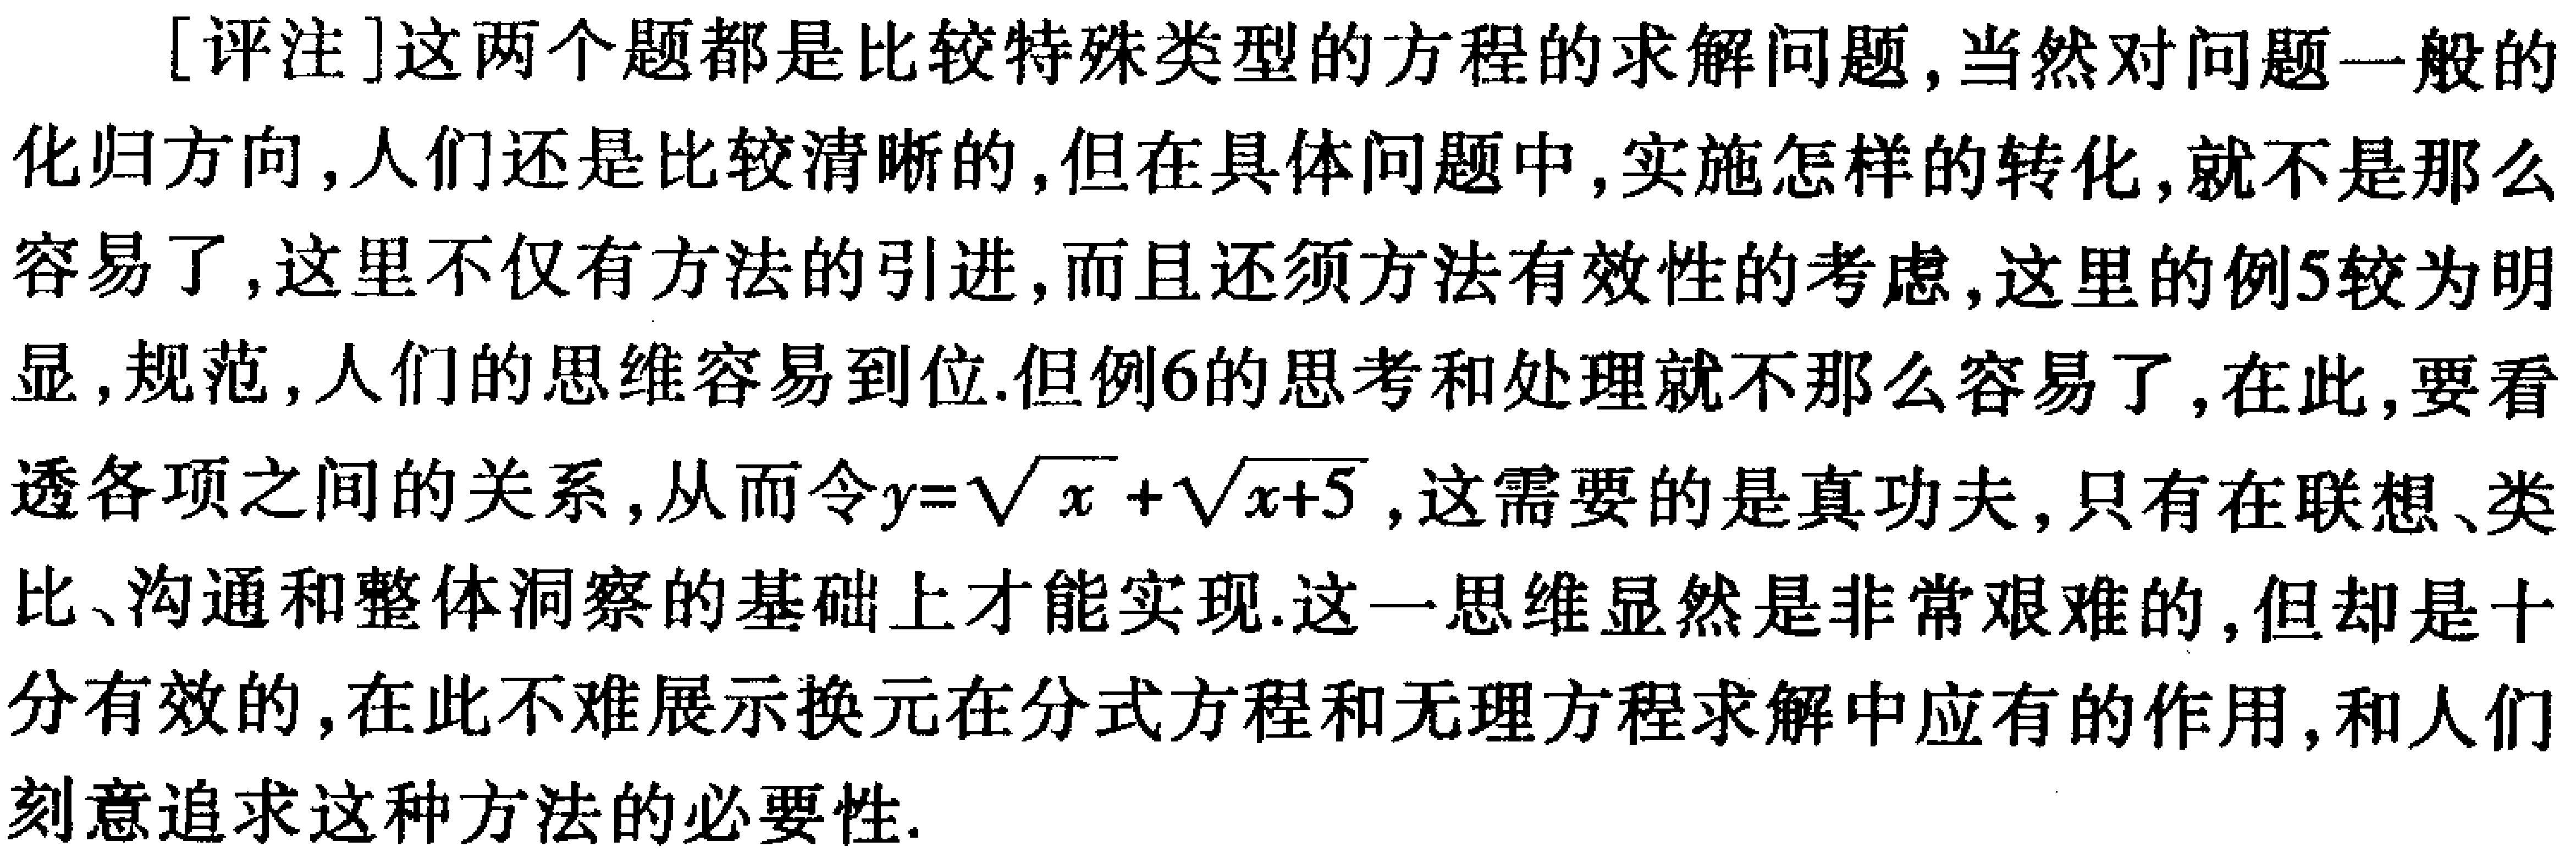
[评注]这两个题都是比较特殊类型的方程的求解问题,当然对问题一般的化归方向,人们还是比较清晰的,但在具体问题中,实施怎样的转化,就不是那么容易了,这里不仅有方法的引进,而且还须方法有效性的考虑,这里的例5较为明显,规范,人们的思维容易到位.但例6的思考和处理就不那么容易了,在此,要看透各项之间的关系,从而令\(y = \sqrt{x}+\sqrt{x + 5}\),这需要的是真功夫,只有在联想、类比、沟通和整体洞察的基础上才能实现.这一思维显然是非常艰难的,但却是十分有效的,在此不难展示换元在分式方程和无理方程求解中应有的作用,和人们刻意追求这种方法的必要性.